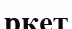
ркет